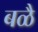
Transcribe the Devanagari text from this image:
बळै